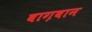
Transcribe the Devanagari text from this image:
बाग़वान